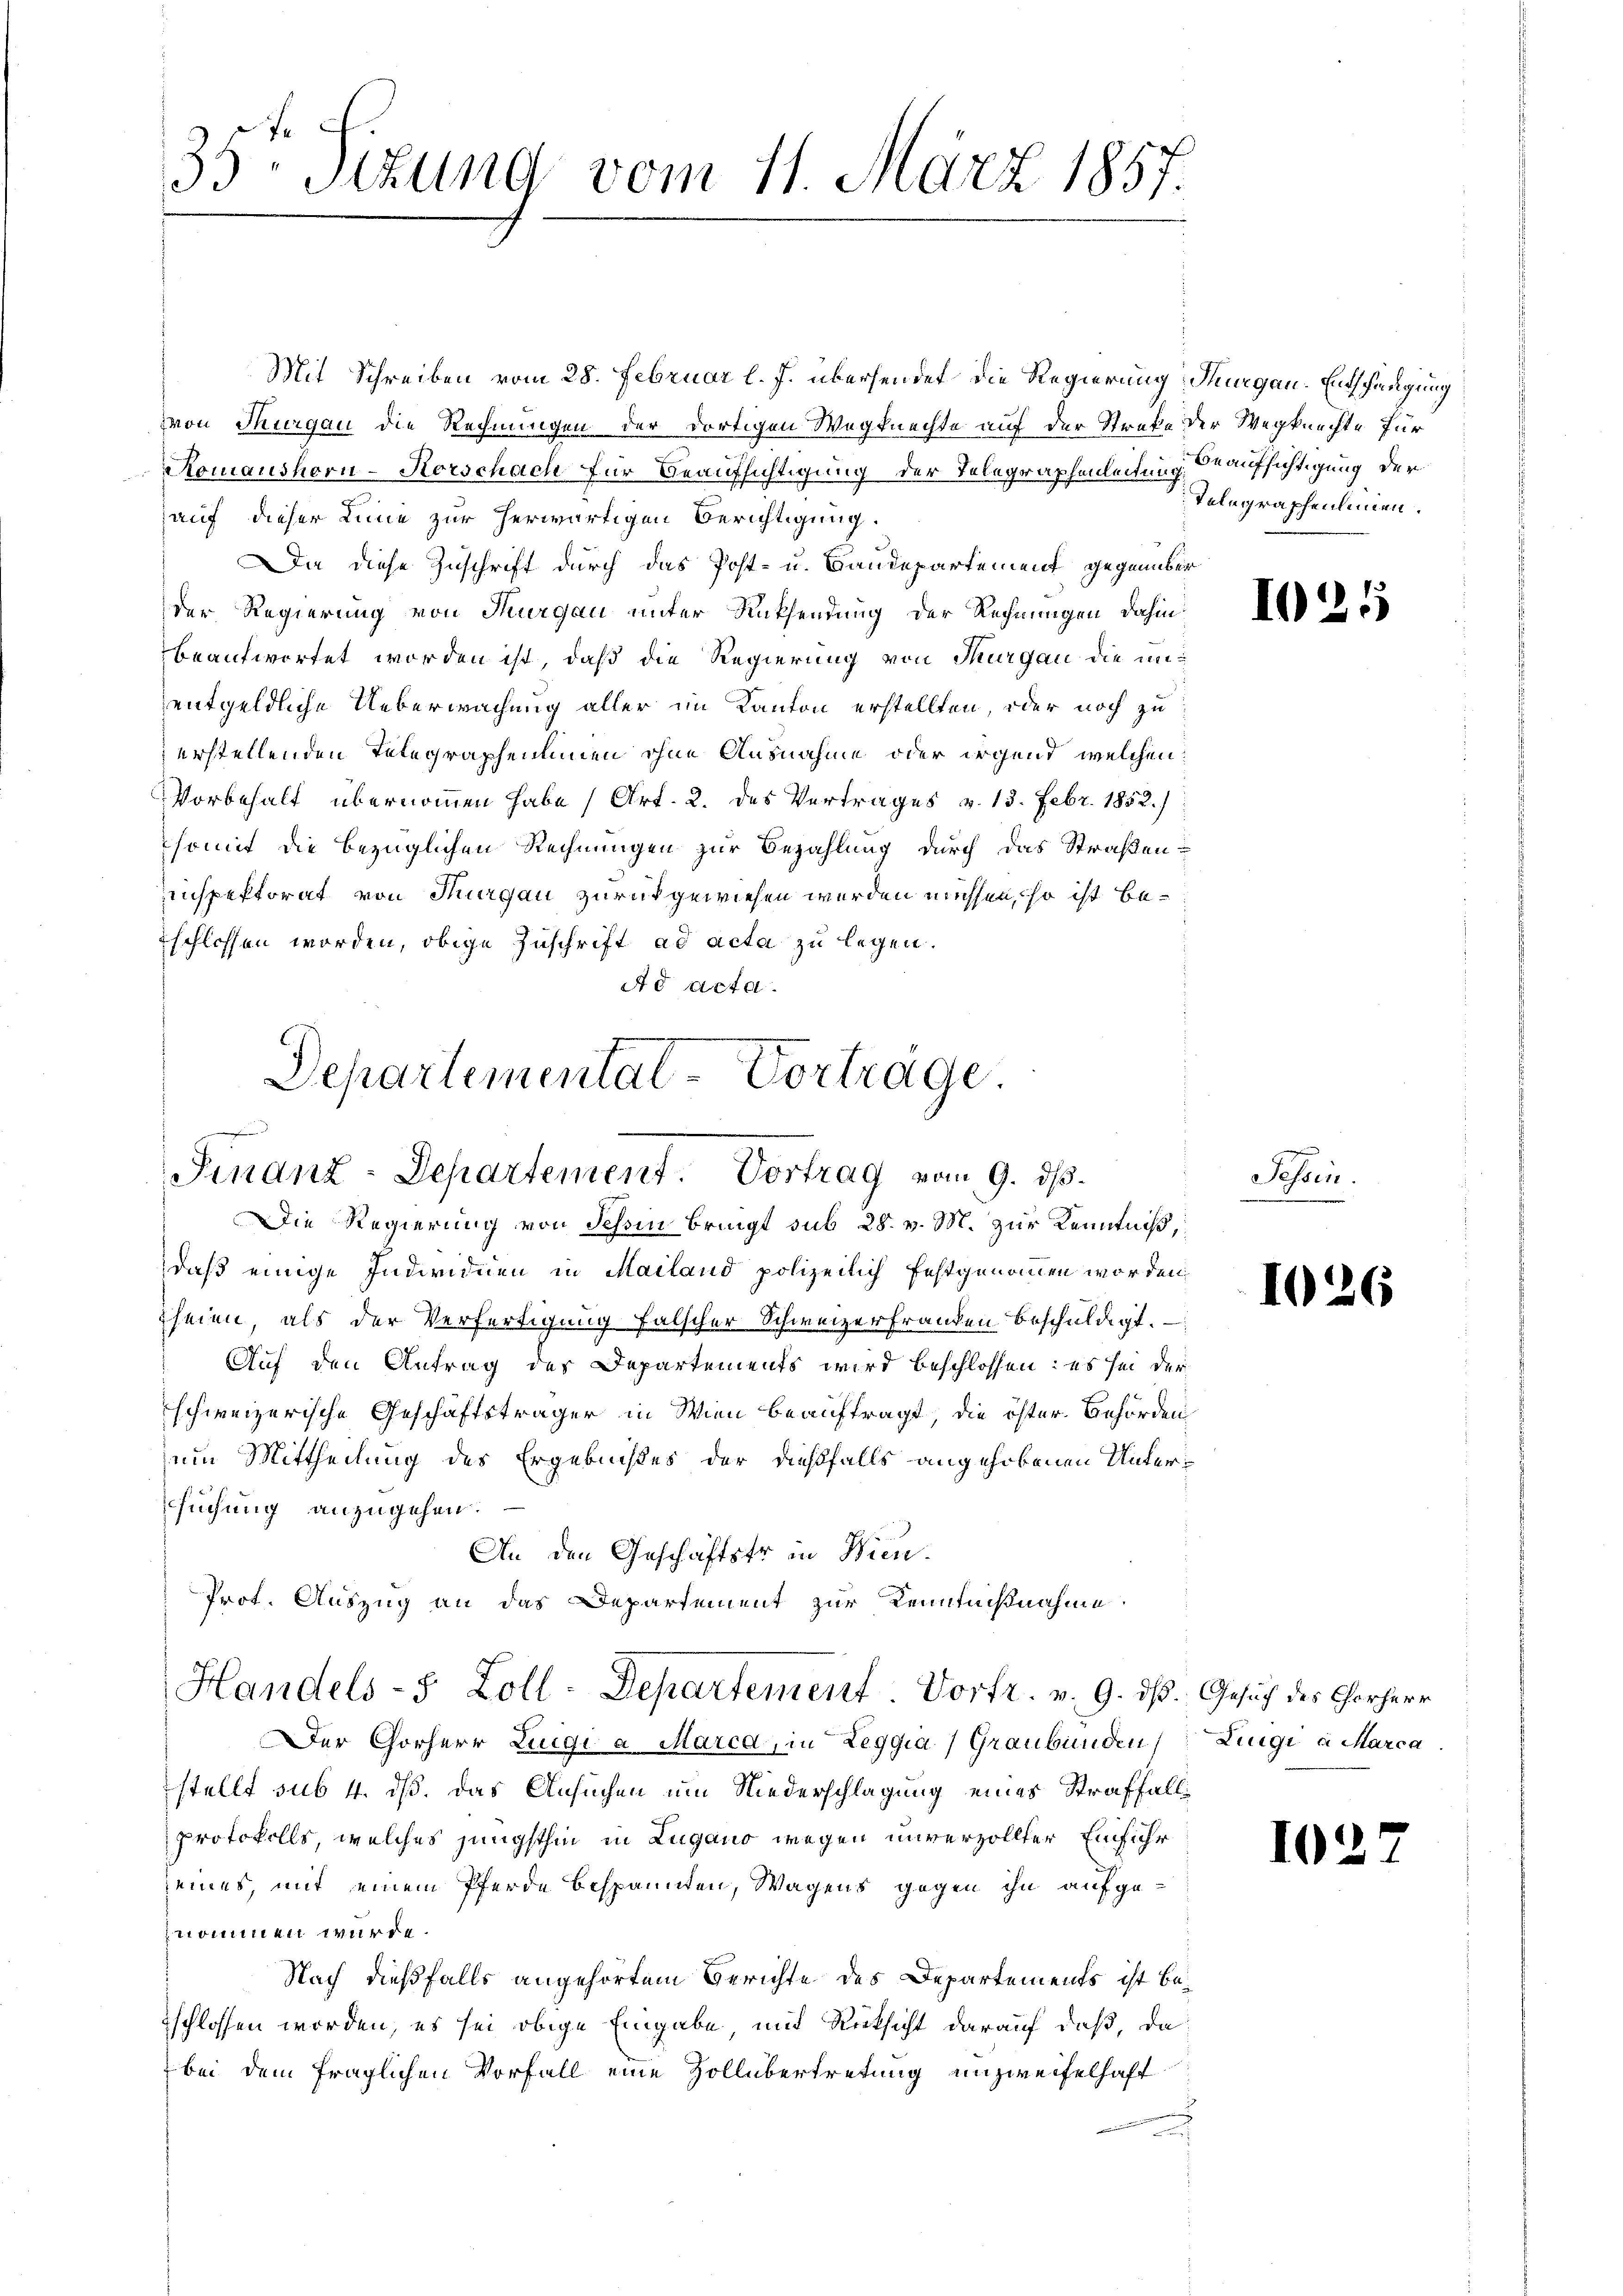
35ten Sizung vom 11. März 1857.

Mit Schreiben vom 28. Februar l. J. übersendet die Regierung, Thurgau. Entschädigung
von Thurgau die Rechnungen der dortigen Wegknechte auf der Streke der Wegknechte für
Romanshorn-Korschach für Beaufsichtigung der Telegraphenleitung Beaufsichtigung der
auf dieser Linie zur herwärtigen Berichtigung.
Da diese Zuschrift durch das Post- u. Baudepartement gegenüber
der Regierung von Thurgau unter Rücksendung der Rechnungen dahin
beantwortet worden ist, daß die Regierung von Thurgau die unentgeldliche Ueberwachung aller im Kanton erstellten, oder noch zu
erstellenden Telegraphennen ohne Ausnahme oder irgend welchen:
Vorbehalt übernommen habe (Art. 2. des Vertrages v. 13. Febr. 1852./
somit die bezüglichen Rechnungen zur Bezahlung durch das Straßeninspektorat von Thurgau zurückgewiesen werden müssen, so ist beschlossen worden, obige Zuschrift ad acta zu legen.
Ad Acta.

Departemental-Vorträge
Finanz-Departement. Vortrag vom 9. ds.
Die Regierung von Schon bringt sub 28. v. M. zur Kenntniß,

daß einige Individuen in Mailand polizeilich festgenommen worden,
heien, als der Verfertigung falscher Schweizerfranken beschuldigt.
Auf den Antrag des Departements wird beschlossen: es sei der
schweizerische Geschäftsträger in Wien beauftragt, die öster Behörden
um Mittheilung des Ergebnißes der dießfalls angehobenen Untersuchung anzugehen.
An den Geschäftstr in Wien.
Prot. Auszug an das Departement zur Kenntnißnahme
Handels- 5 Zoll-Departement Vortr. v. 9. ds. Gesuch des Chorherr
Der Chorherr Luigi a Marca, in Zeggia (Graubünden Liegi a Marca
stellt sub 4. dß. Das Ansuchen um Niederschlagung eines Straffall
protokolls, welches jüngsthin in Lugano wegen unverzollter Einführ
seines, mit einem Pferde bespannten, Wagens gegen ihn aufge-
nommen würde.
Nach dießfalls angehörtem Berichte des Departements ist beschlossen worden, es sei obige Eingabe mit Rücksicht darauf, daß, da
bei dem fraglichen Vorfall eine Zollübertretung unzweifelhaft

Telegraphenleinen.

1021

Tessin.

1026

12